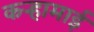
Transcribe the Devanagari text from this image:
कऱ्हामाई